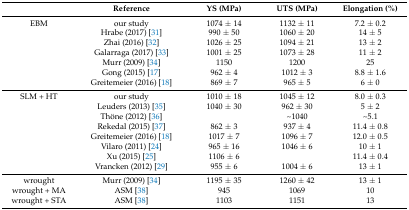
|  | Reference | YS (MPa) | UTS (MPa) | Elongation (%) |
 | --- | --- | --- | --- | --- |
 | EBM | our study | 1074 ± 14 | 1132 ± 11 | 7.2 ± 0.2 |
 |  | Hrabe (2017) [31] | 990 ± 50 | 1060 ± 20 | 14 ± 5 |
 |  | Zhai (2016) [32] | 1026 ± 25 | 1094 ± 21 | 13 ± 2 |
 |  | Galarraga (2017) [33] | 1001 ± 25 | 1073 ± 28 | 11 ± 2 |
 |  | Murr (2009) [34] | 1150 | 1200 | 25 |
 |  | Gong (2015) [17] | 962 ± 4 | 1012 ± 3 | 8.8 ± 1.6 |
 |  | Greitemeier (2016) [18] | 869 ± 7 | 965 ± 5 | 6 ± 0 |
 | SLM + HT | our study | 1010 ± 18 | 1045 ± 12 | 8.0 ± 0.3 |
 |  | Leuders (2013) [35] | 1040 ± 30 | 962 ± 30 | 5 ± 2 |
 |  | Thöne (2012) [36] |  | ~1040 | ~5.1 |
 |  | Rekedal (2015) [37] | 862 ± 3 | 937 ± 4 | 11.4 ± 0.8 |
 |  | Greitemeier (2016) [18] | 1017 ± 7 | 1096 ± 7 | 12.0 ± 0.5 |
 |  | Vilaro (2011) [24] | 965 ± 16 | 1046 ± 6 | 10 ± 1 |
 |  | Xu (2015) [25] | 1106 ± 6 |  | 11.4 ± 0.4 |
 |  | Vrancken (2012) [29] | 955 ± 6 | 1004 ± 6 | 13 ± 1 |
 | wrought | Murr (2009) [34] | 1195 ± 35 | 1260 ± 42 | 13 ± 1 |
 | wrought + MA | ASM [38] | 945 | 1069 | 10 |
 | wrought + STA | ASM [38] | 1103 | 1151 | 13 |